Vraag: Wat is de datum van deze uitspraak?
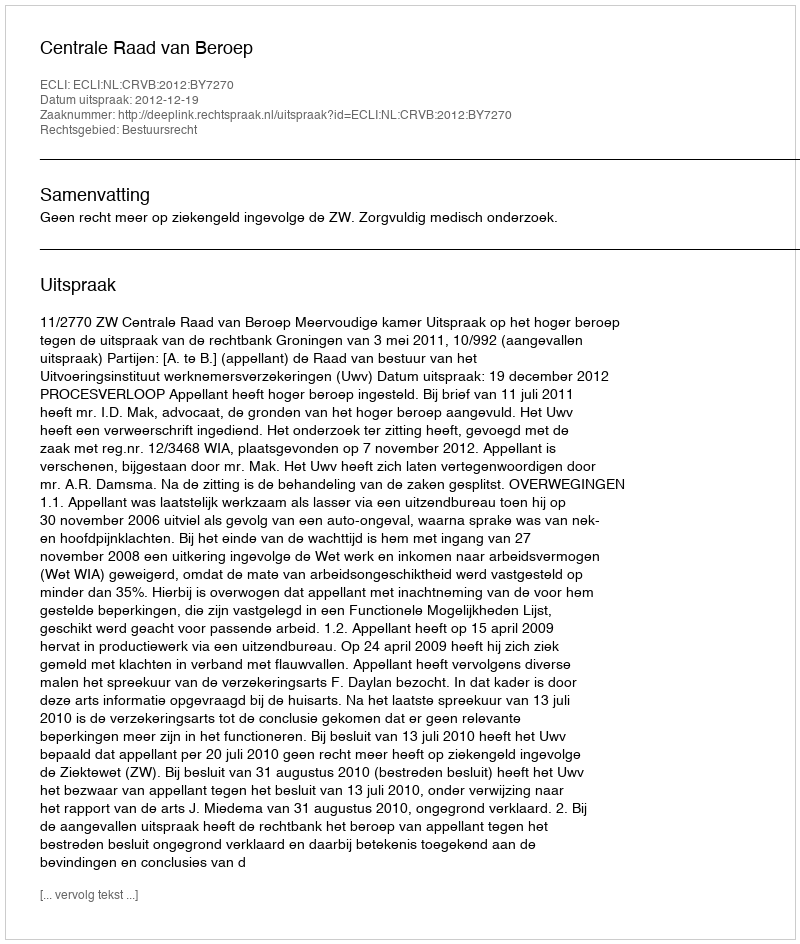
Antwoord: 2012-12-19